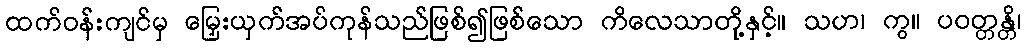
ထက်ဝန်းကျင်မှ မြှေးယှက်အပ်ကုန်သည်ဖြစ်၍ဖြစ်သော ကိလေသာတို့နှင့်။ သဟ၊ ကွ။ ပဝတ္တန္တိ၊